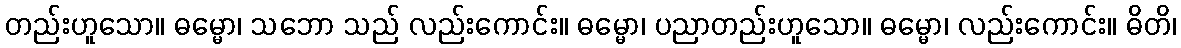
တည်းဟူသော။ ဓမ္မော၊ သဘော သည် လည်းကောင်း။ ဓမ္မော၊ ပညာတည်းဟူသော။ ဓမ္မော၊ လည်းကောင်း။ ဓိတိ၊